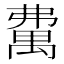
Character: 𥝃